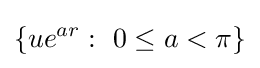
\lbrace ue^{ar}:\ 0\leq a<\pi \rbrace